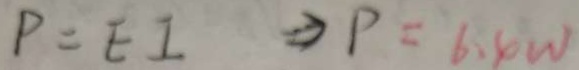
P = E I \Rightarrow P = 6 . 4 W